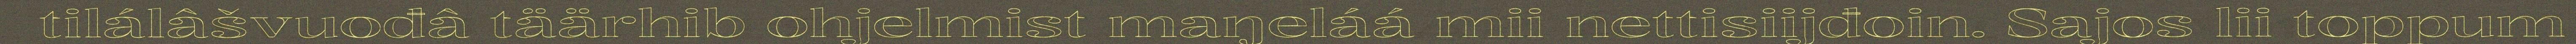
tilálâšvuođâ täärhib ohjelmist maŋeláá mii nettisiijđoin. Sajos lii toppum